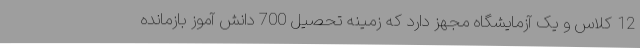
12 کلاس و یک آزمایشگاه مجهز دارد که زمینه تحصیل 700 دانش آموز بازمانده